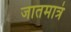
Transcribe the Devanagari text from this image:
जातमात्रं